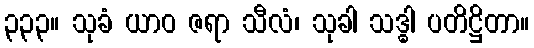
၃၃၃။ သုခံ ယာဝ ဇရာ သီလံ၊ သုခါ သဒ္ဓါ ပတိဋ္ဌိတာ။